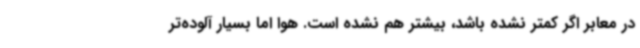
در معابر اگر کمتر نشده باشد، بیشتر هم نشده است. هوا اما بسیار آلوده‌تر